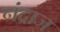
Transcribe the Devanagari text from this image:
नंद्राज